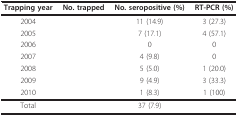
<table><thead><tr><td><b>Trapping year</b></td><td><b>No. trapped</b></td><td><b>No. seropositive (%)</b></td><td><b>RT-PCR (%)</b></td></tr></thead><tbody><tr><td>2004</td><td>[EMPTY_CELL]</td><td>11 (14.9)</td><td>3 (27.3)</td></tr><tr><td>2005</td><td>[EMPTY_CELL]</td><td>7 (17.1)</td><td>4 (57.1)</td></tr><tr><td>2006</td><td>[EMPTY_CELL]</td><td>0</td><td>0</td></tr><tr><td>2007</td><td>[EMPTY_CELL]</td><td>4 (9.8)</td><td>0</td></tr><tr><td>2008</td><td>[EMPTY_CELL]</td><td>5 (5.0)</td><td>1 (20.0)</td></tr><tr><td>2009</td><td>[EMPTY_CELL]</td><td>9 (4.9)</td><td>3 (33.3)</td></tr><tr><td>2010</td><td>[EMPTY_CELL]</td><td>1 (8.3)</td><td>1 (100)</td></tr><tr><td>Total</td><td>[EMPTY_CELL]</td><td>37 (7.9)</td><td>[EMPTY_CELL]</td></tr></tbody></table>